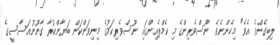
ލިބިގެންވެ އެވެ" މިހެންނެވެ. ނޫސްވެރިންގެ މި ކެމްޕެއިންގައި ނޫސްވެރިކަމުގެ މިނިވަންކަން ބަޔާންކުރާ ގާނޫނުއަސާސީގެ